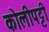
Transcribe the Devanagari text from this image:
कोलीपट्टी